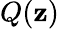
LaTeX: Q(\mathbf{z})